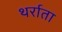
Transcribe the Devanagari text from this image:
थर्राता